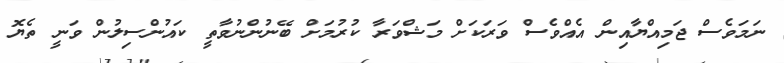
ނަމަވެސް ޖަމިއްޔާއިން އެއްވެސް ވަރަކަށް މަޝްވަރާ ކުރުމަށް ބޭނުންނުވާތީ ކައުންސިލުން ވަނީ ތެޔޮ